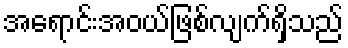
အရောင်းအဝယ်ဖြစ်လျက်ရှိသည်